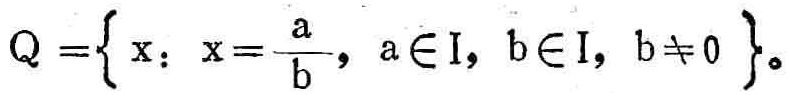
\(Q = \left\{ x: x = \frac{a}{b}, a \in \mathrm{I}, b \in \mathrm{I}, b \neq 0 \right\}\)